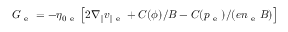
G _ { \mathrm { ~ e ~ } } = - \eta _ { 0 \mathrm { ~ e ~ } } \left[ 2 \nabla _ { \| } v _ { \| \mathrm { ~ e ~ } } + C ( \phi ) / B - C ( p _ { \mathrm { ~ e ~ } } ) / ( e n _ { \mathrm { ~ e ~ } } B ) \right]